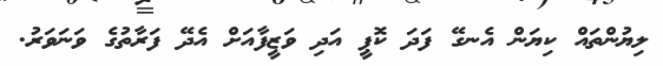
ލިޔުންތައް ކިޔަން އެނގޭ ފަދަ ކޮޕީ އަދި ވަޒީފާއަށް އެދޭ ފަރާތުގެ ވަނަވަރު.